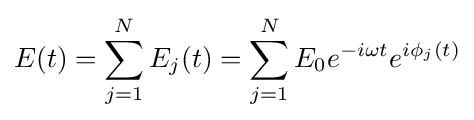
E(t)=\sum _{j=1}^{N}E_{j}(t)=\sum _{j=1}^{N}E_{0}e^{-i\omega t}e^{i\phi _{j}(t)}